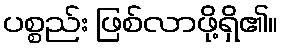
ပစ္စည်း ဖြစ်လာဖို့ရှိ၏။